Report on certain features of malaria in the island of Salsette
Disease focus: Malaria
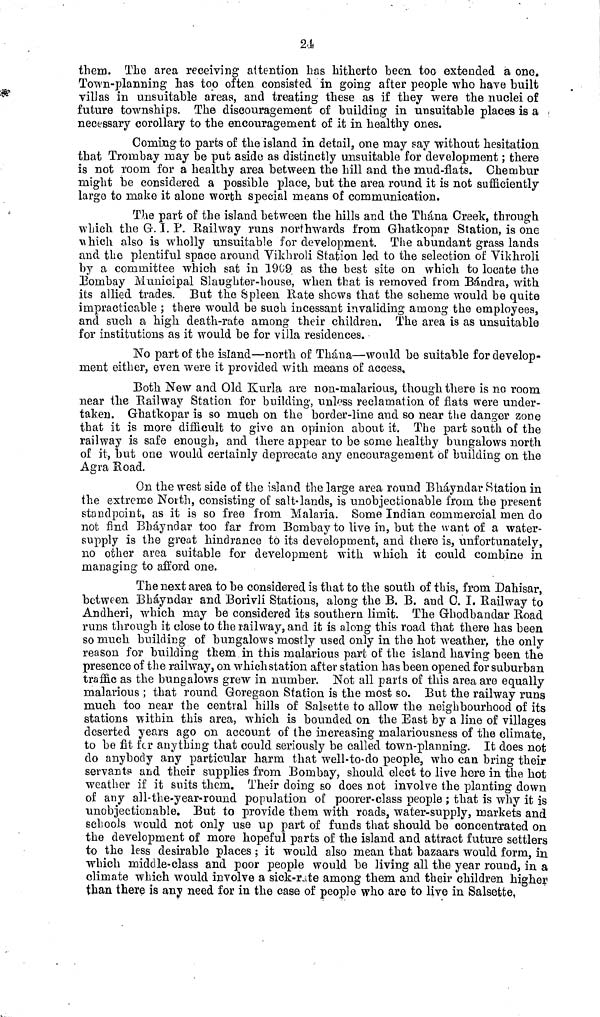
24
them. The area receiving attention has hitherto been too extended a ono.
Town-planning has too often consisted in going after people who have built
vilJas in unsuitable areas, and treating these as if they were the nuclei of
future townships. The discouragement of building in unsuitable places is a «
necessary corollary to the encouragement of it in healthy ones.
Coining to parts of the island in detail, one may say without hesitation
that Trombay may be put aside as distinctly unsuitable for development ; there
is not room for a healthy area between the hill and the mud-flats. Chembur
might be considered a possible place, but the area round it is not sufficiently
large to make it alone worth special means of communication.
The part of the island between the hills and the Thána Creek, through
which the G. I. P. Railway runs northwards from Ghatkopar Station, is one
which also is wholly unsuitable for development. The abundant grass lands
and the plentiful space around Vikhroli Station led to the selection of Vikhroli
by a committee which sat in 1969 as the best site on which to locate the
Bombay Municipal Slaughter-house, when that is removed from Bándra, with
its allied trades. But the Spleen Rate shows that the scheme would be quite
impracticable ; there would be such incessant invaliding among the employees,
and such a high death-rate among their children. The area is as unsuitable
for institutions as it w r ould be for villa residences.
No part of the island—north of Thána—would bo suitable for develop-
ment either, even were it provided with means of access,
Both New and Old Kurla are non-malarious, though there is no room
near the Railway Station for building, unless reclamation of flats were under-
taken. Ghatkopar is so much on the border-line and so near the danger zone
that it is more difficult to give an opinion about it. The part south of the
railway is safe enough, and there appear to be some healthy bungalows north
of it, but one would certainly deprecate any encouragement of building on the
Agra Road.
On the west side of the island the large area round Bháyndar Station in
the extreme North, consisting of salt-lands,, is unobjectionable from the present
standpoints as it is so free from Malaria. Some Indian commercial men do
not find Bháyndar too far from Bombay to live in, but the want of a water-
supply is the great hindrance to its development, and there is, unfortunately,
no other area suitable for development with which it could combine in
managing to afford one.
The nest area to be considered is that to the south of this, from Dahisar,
between Bháyndar and Borivli Stations, along the B. B. and C. I. Railway to
Andheri, which may be considered its southern limit. The Ghodbandar Road
runs through it close to the railway, and it is along this road that there has been
so much building of bungalows mostly used only in the hot weather, the only
reason for building them in this malarious part of the island having been the
presence of the railway, on whichstation after station has been opened for suburban
trafile as the bungalows grew in number. Not all parts of this area aro equally
malarious ; that round Goregaon Station is the most so. But the railway runs
much too near the central hills of Salsette to allow the neighbourhood of its
stations within this area, which is bounded on the East by a line of villages
deserted years ago on account of the increasing malariousness of the climate,
to be fit fcr anything that could seriously be called town-planning. It does not
do anybody any particular harm that well-to-do people, who can bring their
servants and their supplies from Bombay, should elect to live here in the hot
weather if it suits them. Their doing so does not involve the planting down
of any all-tbe-year-round population of poorer-class people ; that is why it is
unobjectionable. But to provide them with roads, water-supply, markets and
schools would not only use up part of funds that should be concentrated on
the development of more hopeful parts of the island and attract future settlers
to the less desirable places ; it would also mean that bazaars would form, in
which middle-class and poor people would be living all the year round, in a
climate which would involve a sick-rate among them and their children higher
than there is any need for in the case of people who are to live in Salsette,